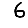
Digit: 6